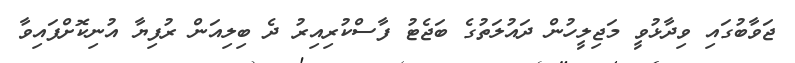
ޖަވާބުގައި ވިދާޅުވީ މަޖިލީހުން ދައުލަތުގެ ބަޖެޓު ފާސްކުރިއިރު ދެ ބިލިއަން ރުފިޔާ އުނިކޮށްފައިވާ